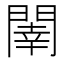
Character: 𨵉